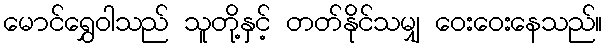
မောင်ရွှေဝါသည် သူတို့နှင့် တတ်နိုင်သမျှ ဝေးဝေးနေသည်။